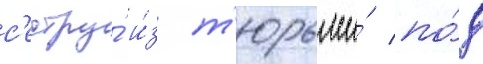
с'естру́ и́з т'юрьмы́ по́д